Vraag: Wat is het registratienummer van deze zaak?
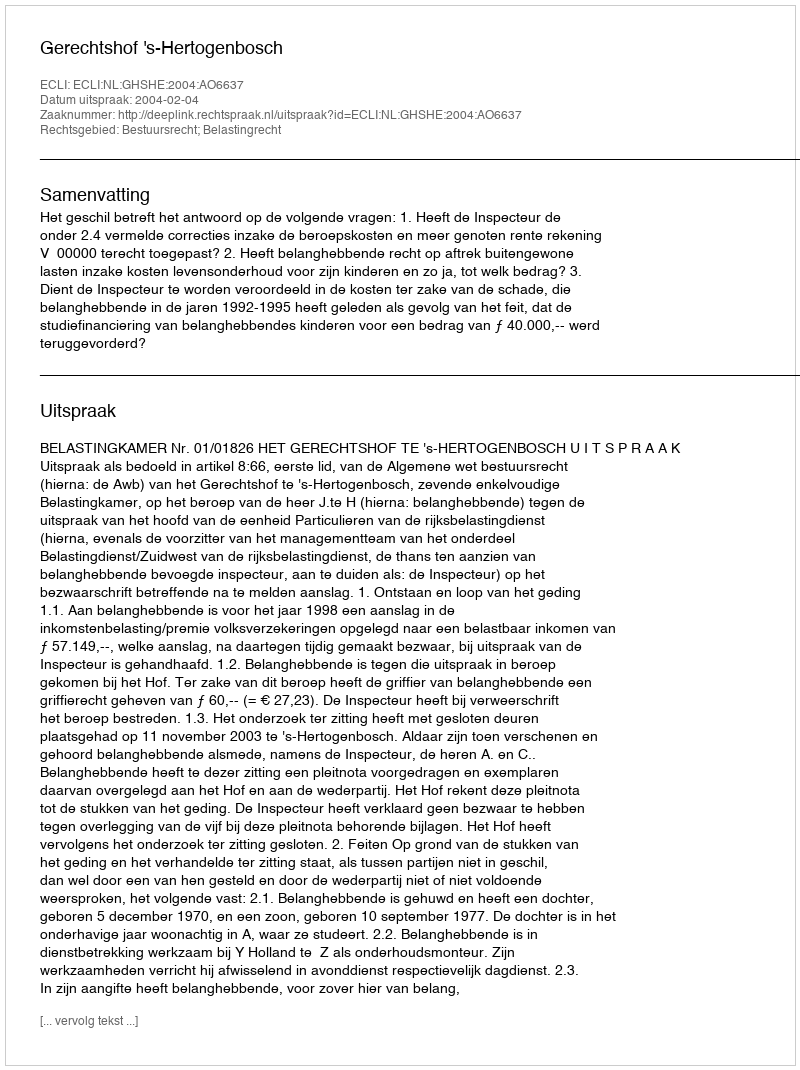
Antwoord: http://deeplink.rechtspraak.nl/uitspraak?id=ECLI:NL:GHSHE:2004:AO6637